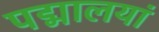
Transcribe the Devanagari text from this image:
पद्मालयां